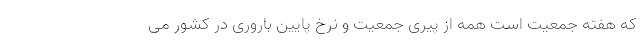
که هفته جمعیت است همه از پیری جمعیت و نرخ پایین باروری در کشور می